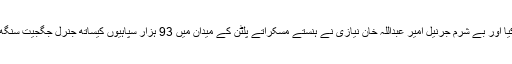
یحیٰ خان نے سرنڈر کا حکم جاری کیا اور بے شرم جرنیل امیر عبداللہ خان نیازی نے ہنستے مسکراتے پلٹن کے میدان میں 93 ہزار سپاہیوں کیساتھ جنرل جگجیت سنگھ اروڑہ کے سامنے ہتھیار ڈال دیئے۔